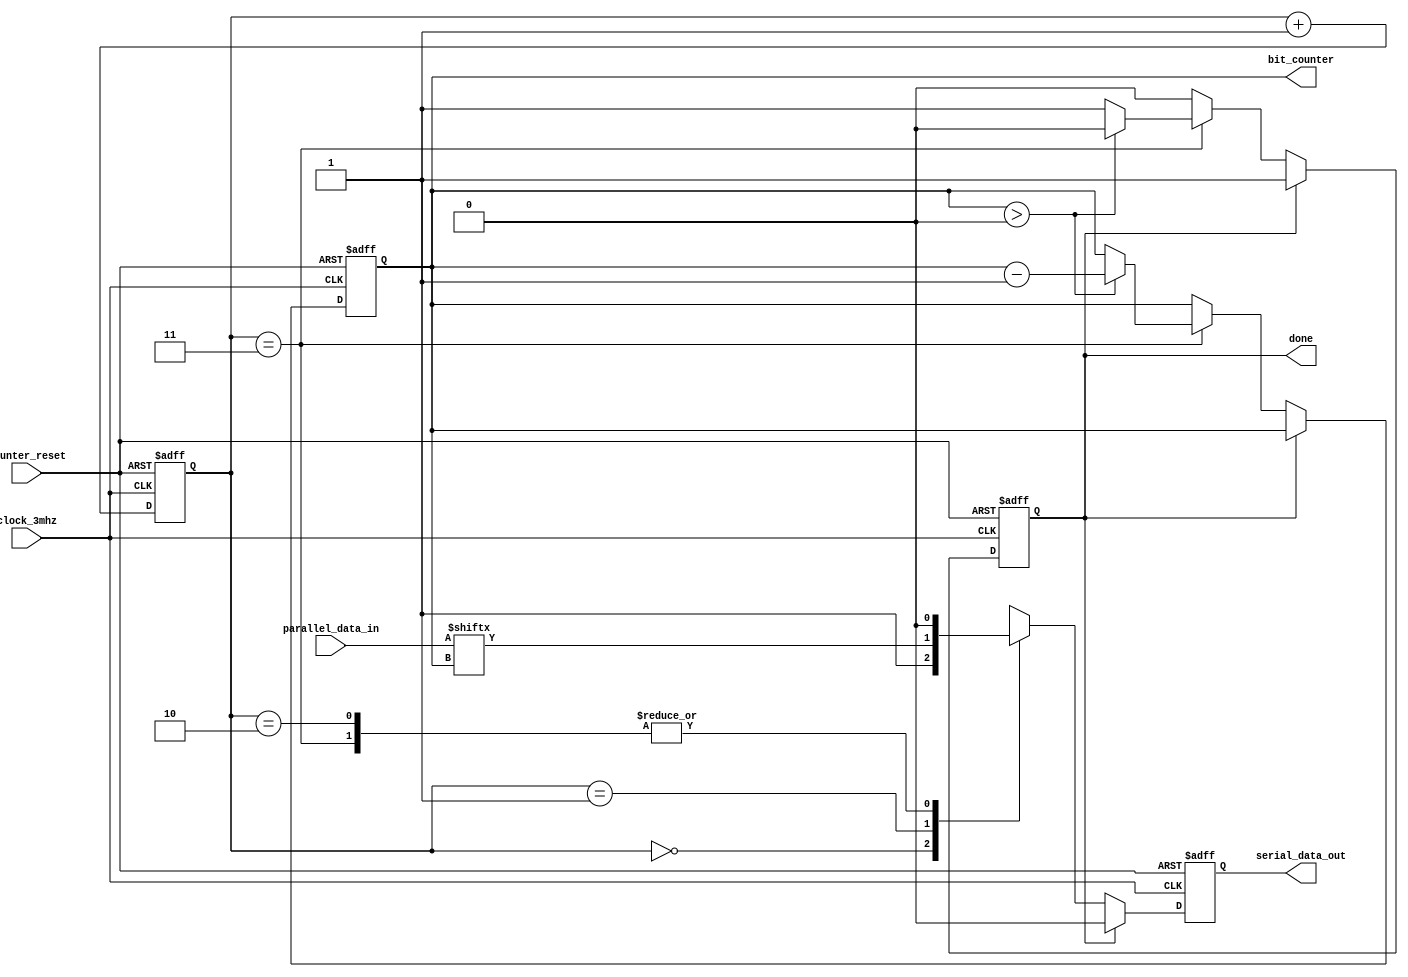

`ifndef ENCODER_XX6812_V
`define ENCODER_XX6812_V

module encoder_xx6812(
    /** The bit segment clock, i.e. 3 MHz */
    input clock_3mhz,

    /** Reset the bit counter and initiate transmission sequence */
    input counter_reset,

    /** 3 channels of 8 bit LED intensity */
    input[23:0] parallel_data_in,

    /** xx6812 serial signal output */
    output reg serial_data_out,

    /** High, when the transmission of 24 bits completed, else low */
    output reg done,

    /** Make the internal bit counter available, e.g. for debugging */
    output reg[4:0] bit_counter
    );

/** Discriminate the four stages of transmitting one data bit */
reg[1:0] state;

always @(posedge clock_3mhz or posedge counter_reset)
begin
    if (counter_reset)
    begin
        bit_counter <= 23;
        state <= 0;
        done <= 0;
        serial_data_out <= 0;
    end
    else begin
        if (~done)
        begin
            case (state)
                0:
                    serial_data_out <= 1;
                1:
                    serial_data_out <= parallel_data_in[bit_counter];
                2:
                    serial_data_out <= 0;
                3:  begin
                    serial_data_out <= 0;

                    if (bit_counter > 0)
                        bit_counter <= bit_counter - 1;
                    else
                        done <= 1;
                    end
            endcase
        end
        else begin
            serial_data_out <= 0;
        end
        state <= state + 1;
    end
end

endmodule

`endif